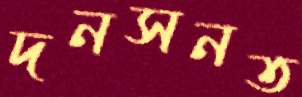
দনসনত